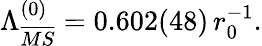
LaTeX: \Lambda_{\overline{{{MS}}}}^{(0)}=0.602(48)\, r_{0}^{-1}.